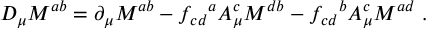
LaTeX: { \cal D } _ { \mu } M ^ { a b } = \partial _ { \mu } M ^ { a b } - f _ { c d } { } ^ { a } A _ { \mu } ^ { c } M ^ { d b } - f _ { c d } { } ^ { b } A _ { \mu } ^ { c } M ^ { a d } \ .